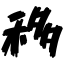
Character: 移